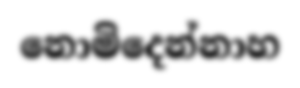
නොමිදෙන්නාහ